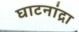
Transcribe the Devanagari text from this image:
घाटनांद्रा